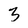
Character: 3